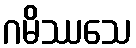
ဂမိဿသေ